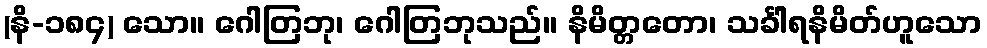
(နိ-၁၈၄) သော။ ဂေါတြဘု၊ ဂေါတြဘုသည်။ နိမိတ္တတော၊ သင်္ခါရနိမိတ်ဟူသော